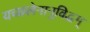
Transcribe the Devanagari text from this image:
यच्छलेनानुविद्धम्